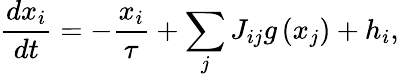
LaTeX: \frac{dx_{i}}{dt}=-\frac{x_{i}}{\tau}+\sum_{j}J_{ij}g\left(x_{j}\right)+h_{i},